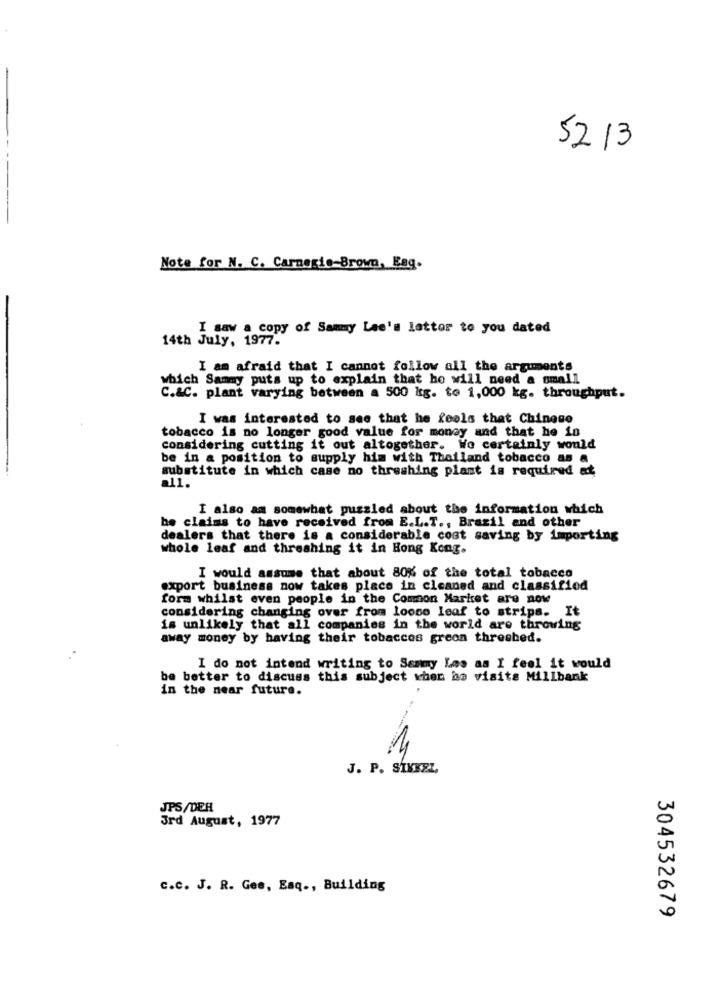
52 13
Note for N. C. Carnegie-Brown, Eag.
I saw a copy of Sammy Lee's lettor to you dated
14th July, 1977.
I am afraid that I cannot follow all the arguments
which Sammy puts up to explain that ho will need a small
C.&C. plant varying between a 500 kg. to 1,000 kg. throughput.
I was interested to see that he feels that Chinese
tobacco is no longer good value for money and that he in
considering cutting it out altogether. Wo certainly would
be in a position to supply him with Thailand tobacco as a
substitute in which case no threshing plant is required at
al1.
I also am somewhat puzzled about the information which
he claims to have received from E.L.T ., Brazil and other
dealers that there is a considerable cost saving by importing
whole leaf and threshing it in Hong Kong.
I would assume that about 80% of the total tobacco
export business now takes place in cleaned and classified
form whilst even people in the Common Market are now
considering changing over from looso leaf to strips. It
is unlikely that all companies in the world are throwing
away money by having their tobaccos green threebed.
I do not intend writing to Sammy Les as I feel it would
be better to discuss this subject when he visits Millbank
in the near future.
J. P. SIKKEL
JPS/DER
3rd August, 1977
c.c. J. R. Gee, Esq ., Building
304532679